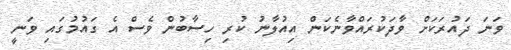
ވަނަ ދައުރަކަށް ވާދަކުރައްވާނެކަން އިއުލާނު ކުރި ހިސާބުން ވެސް އެ ގައުމުގައި ވަނީ